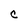
Character: C